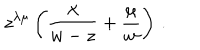
z ^ { \lambda \mu } \left( { \frac { \lambda } { w - z } } + { \frac { \mu } { w } } \right) \, .